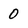
Character: 0